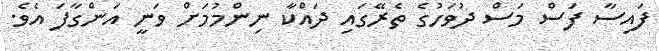
ފައިސާ ފަސް މަސް ދުވަހުގެ ތެރޭގައި ދައްކާ ނިންމުމަށް ވަނީ އަންގާފަ އެވެ.